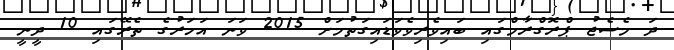
ދަ މެސެޖު ޕްރޮގްރާމްގައި ބައިވެރިވެވަޑައިގަތުމަށް 2015 ވަނަ އަހަރުގެ ތެރޭގައި 10 ދީނީ